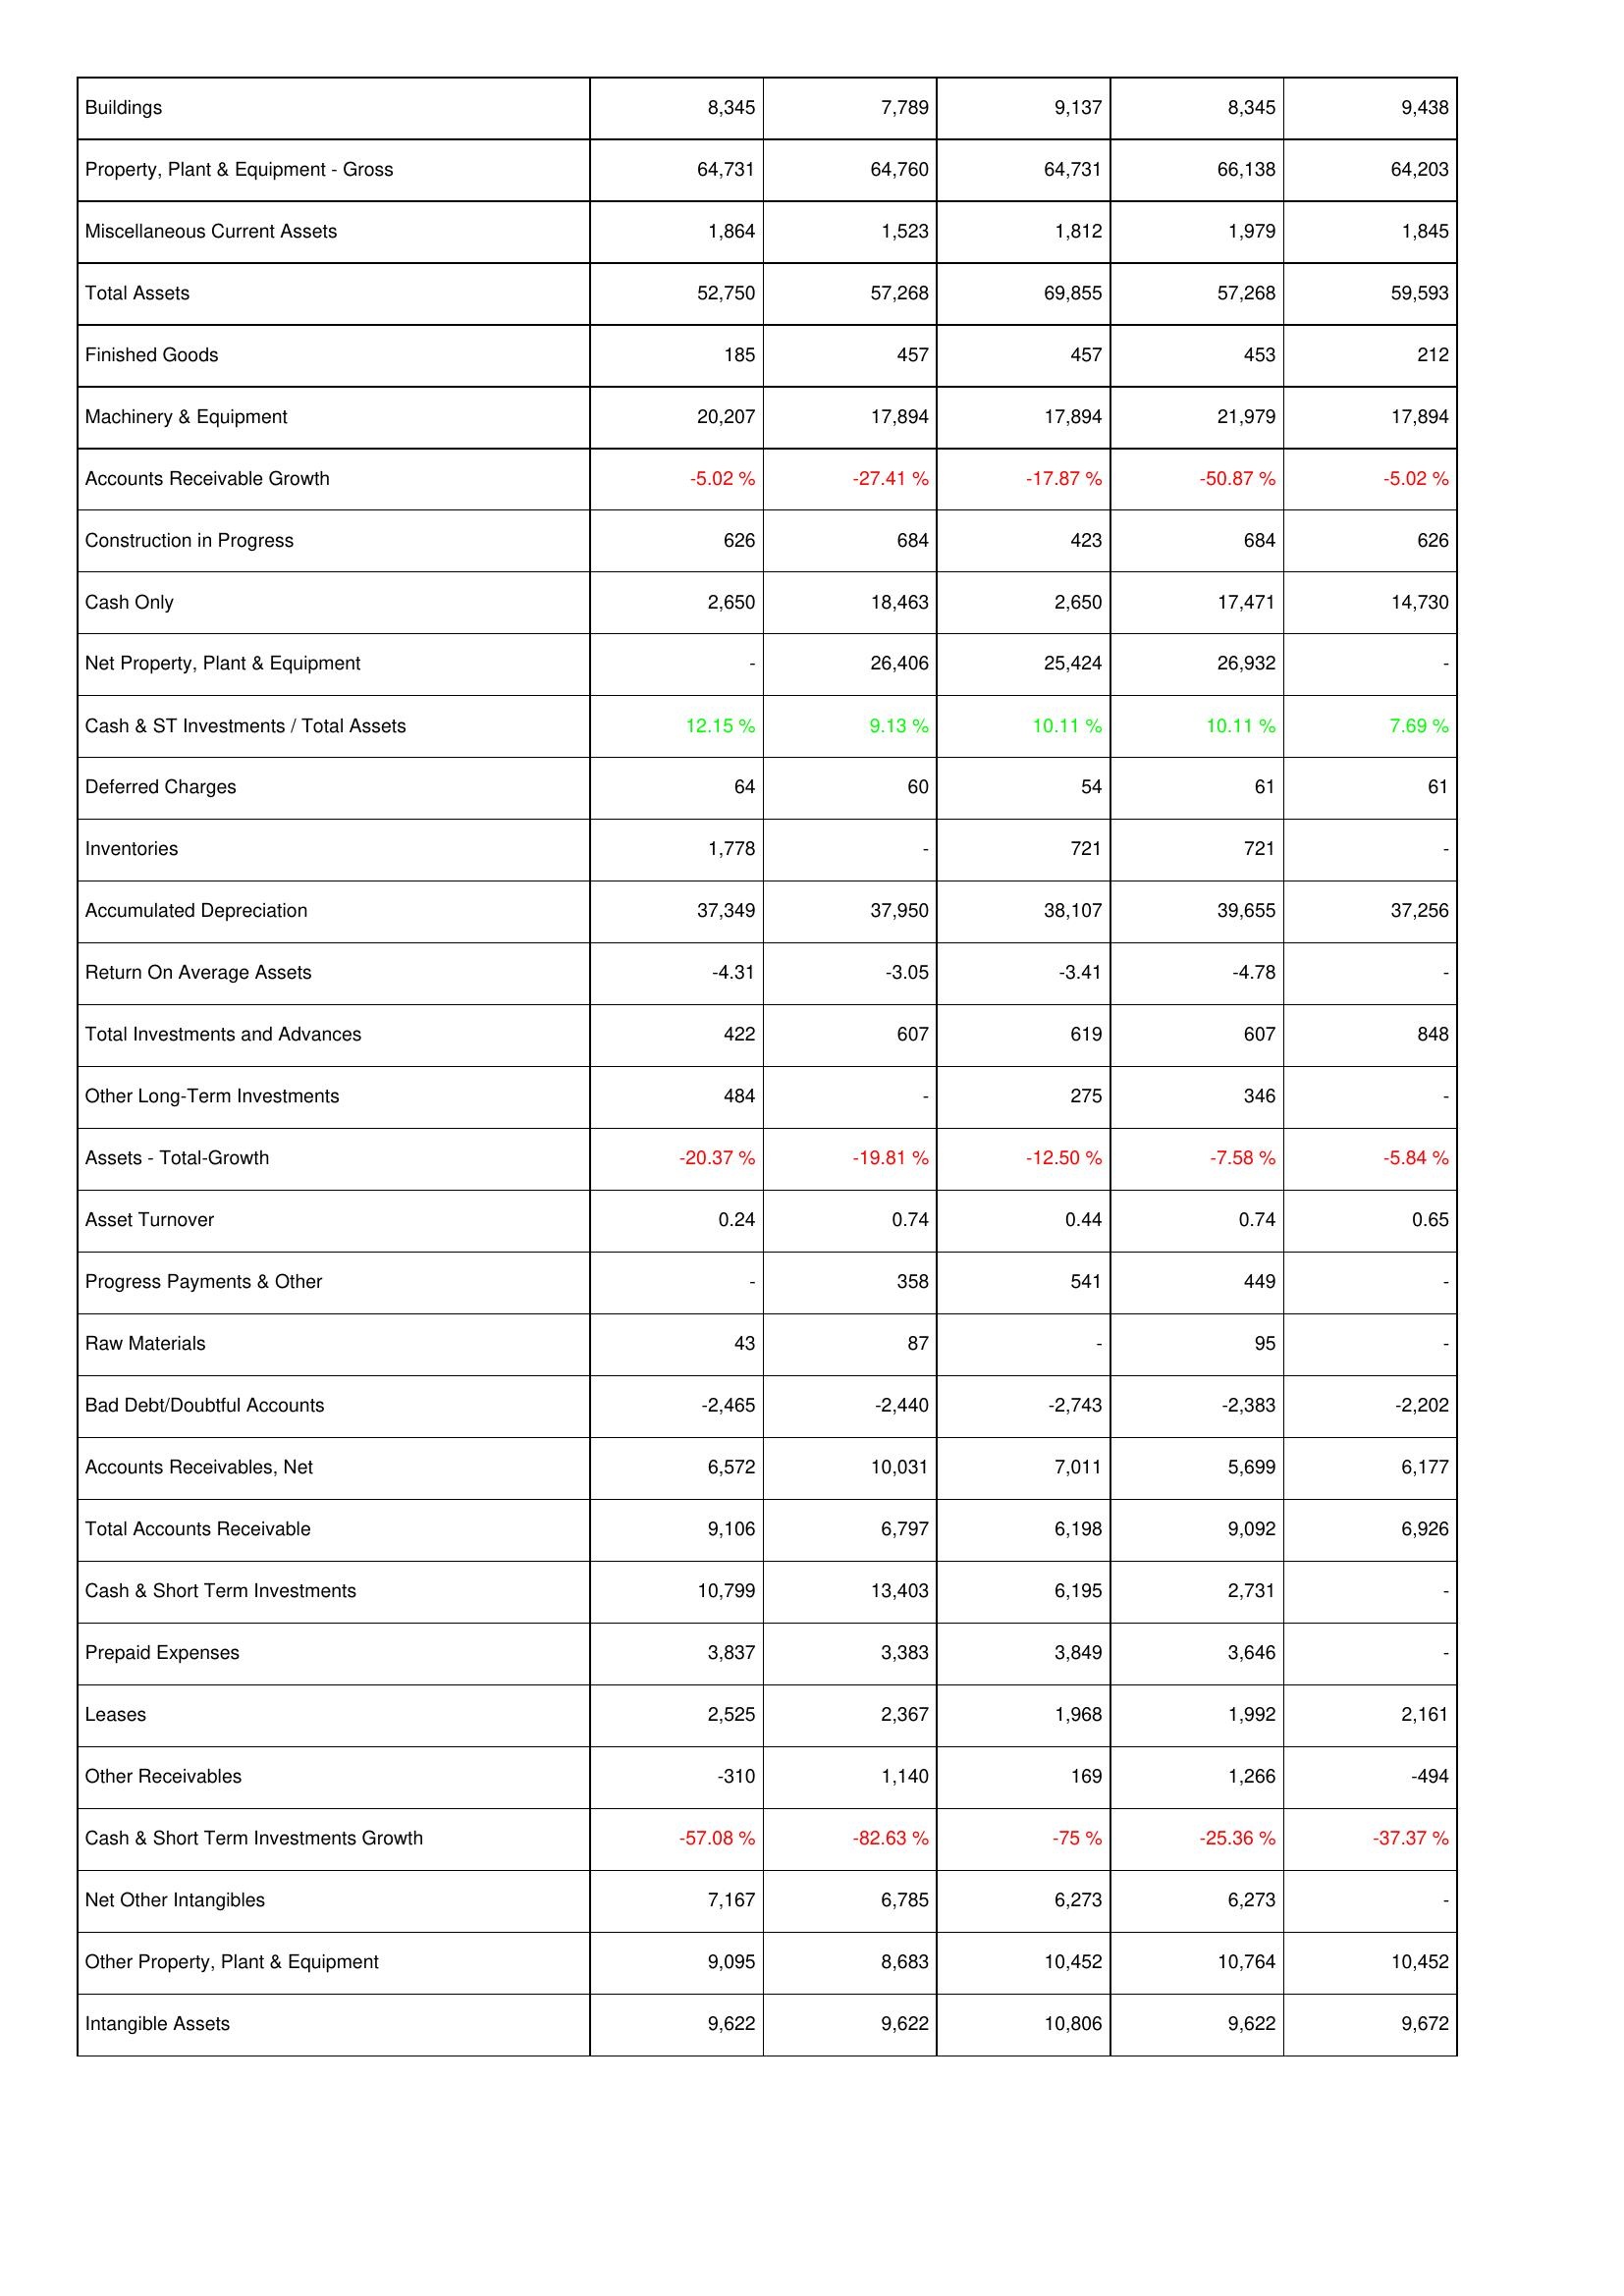
2025: Assets: Buildings: 8,345
Property, Plant & Equipment - Gross: 64,731
Miscellaneous Current Assets: 1,864
Total Assets: 52,750
Finished Goods: 185
Machinery & Equipment: 20,207
Accounts Receivable Growth: -5.02 %
Construction in Progress: 626
Cash Only: 2,650
Net Property, Plant & Equipment: -
Cash & ST Investments / Total Assets: 12.15 %
Deferred Charges: 64
Inventories: 1,778
Accumulated Depreciation: 37,349
Return On Average Assets: -4.31
Total Investments and Advances: 422
Other Long-Term Investments: 484
Assets - Total-Growth: -20.37 %
Asset Turnover: 0.24
Progress Payments & Other: -
Raw Materials: 43
Bad Debt/Doubtful Accounts: -2,465
Accounts Receivables, Net: 6,572
Total Accounts Receivable: 9,106
Cash & Short Term Investments: 10,799
Prepaid Expenses: 3,837
Leases: 2,525
Other Receivables: -310
Cash & Short Term Investments Growth: -57.08 %
Net Other Intangibles: 7,167
Other Property, Plant & Equipment: 9,095
Intangible Assets: 9,622
2024: Assets: Buildings: 7,789
Property, Plant & Equipment - Gross: 64,760
Miscellaneous Current Assets: 1,523
Total Assets: 57,268
Finished Goods: 457
Machinery & Equipment: 17,894
Accounts Receivable Growth: -27.41 %
Construction in Progress: 684
Cash Only: 18,463
Net Property, Plant & Equipment: 26,406
Cash & ST Investments / Total Assets: 9.13 %
Deferred Charges: 60
Inventories: -
Accumulated Depreciation: 37,950
Return On Average Assets: -3.05
Total Investments and Advances: 607
Other Long-Term Investments: -
Assets - Total-Growth: -19.81 %
Asset Turnover: 0.74
Progress Payments & Other: 358
Raw Materials: 87
Bad Debt/Doubtful Accounts: -2,440
Accounts Receivables, Net: 10,031
Total Accounts Receivable: 6,797
Cash & Short Term Investments: 13,403
Prepaid Expenses: 3,383
Leases: 2,367
Other Receivables: 1,140
Cash & Short Term Investments Growth: -82.63 %
Net Other Intangibles: 6,785
Other Property, Plant & Equipment: 8,683
Intangible Assets: 9,622
2023: Assets: Buildings: 9,137
Property, Plant & Equipment - Gross: 64,731
Miscellaneous Current Assets: 1,812
Total Assets: 69,855
Finished Goods: 457
Machinery & Equipment: 17,894
Accounts Receivable Growth: -17.87 %
Construction in Progress: 423
Cash Only: 2,650
Net Property, Plant & Equipment: 25,424
Cash & ST Investments / Total Assets: 10.11 %
Deferred Charges: 54
Inventories: 721
Accumulated Depreciation: 38,107
Return On Average Assets: -3.41
Total Investments and Advances: 619
Other Long-Term Investments: 275
Assets - Total-Growth: -12.50 %
Asset Turnover: 0.44
Progress Payments & Other: 541
Raw Materials: -
Bad Debt/Doubtful Accounts: -2,743
Accounts Receivables, Net: 7,011
Total Accounts Receivable: 6,198
Cash & Short Term Investments: 6,195
Prepaid Expenses: 3,849
Leases: 1,968
Other Receivables: 169
Cash & Short Term Investments Growth: -75 %
Net Other Intangibles: 6,273
Other Property, Plant & Equipment: 10,452
Intangible Assets: 10,806
2022: Assets: Buildings: 8,345
Property, Plant & Equipment - Gross: 66,138
Miscellaneous Current Assets: 1,979
Total Assets: 57,268
Finished Goods: 453
Machinery & Equipment: 21,979
Accounts Receivable Growth: -50.87 %
Construction in Progress: 684
Cash Only: 17,471
Net Property, Plant & Equipment: 26,932
Cash & ST Investments / Total Assets: 10.11 %
Deferred Charges: 61
Inventories: 721
Accumulated Depreciation: 39,655
Return On Average Assets: -4.78
Total Investments and Advances: 607
Other Long-Term Investments: 346
Assets - Total-Growth: -7.58 %
Asset Turnover: 0.74
Progress Payments & Other: 449
Raw Materials: 95
Bad Debt/Doubtful Accounts: -2,383
Accounts Receivables, Net: 5,699
Total Accounts Receivable: 9,092
Cash & Short Term Investments: 2,731
Prepaid Expenses: 3,646
Leases: 1,992
Other Receivables: 1,266
Cash & Short Term Investments Growth: -25.36 %
Net Other Intangibles: 6,273
Other Property, Plant & Equipment: 10,764
Intangible Assets: 9,622
2021: Assets: Buildings: 9,438
Property, Plant & Equipment - Gross: 64,203
Miscellaneous Current Assets: 1,845
Total Assets: 59,593
Finished Goods: 212
Machinery & Equipment: 17,894
Accounts Receivable Growth: -5.02 %
Construction in Progress: 626
Cash Only: 14,730
Net Property, Plant & Equipment: -
Cash & ST Investments / Total Assets: 7.69 %
Deferred Charges: 61
Inventories: -
Accumulated Depreciation: 37,256
Return On Average Assets: -
Total Investments and Advances: 848
Other Long-Term Investments: -
Assets - Total-Growth: -5.84 %
Asset Turnover: 0.65
Progress Payments & Other: -
Raw Materials: -
Bad Debt/Doubtful Accounts: -2,202
Accounts Receivables, Net: 6,177
Total Accounts Receivable: 6,926
Cash & Short Term Investments: -
Prepaid Expenses: -
Leases: 2,161
Other Receivables: -494
Cash & Short Term Investments Growth: -37.37 %
Net Other Intangibles: -
Other Property, Plant & Equipment: 10,452
Intangible Assets: 9,672